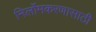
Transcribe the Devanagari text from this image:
निर्लोमकरणासाठी